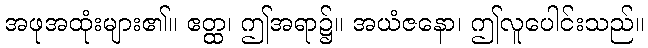
အဖုအထုံးများ၏။ ဧတ္ထ၊ ဤအရာ၌။ အယံဇနော၊ ဤလူပေါင်းသည်။